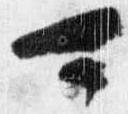
可